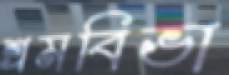
শ্রমবিভা